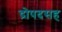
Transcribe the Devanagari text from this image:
द्रोपदसह